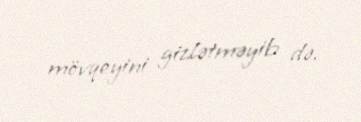
mövqeyini gizlətməyib də.